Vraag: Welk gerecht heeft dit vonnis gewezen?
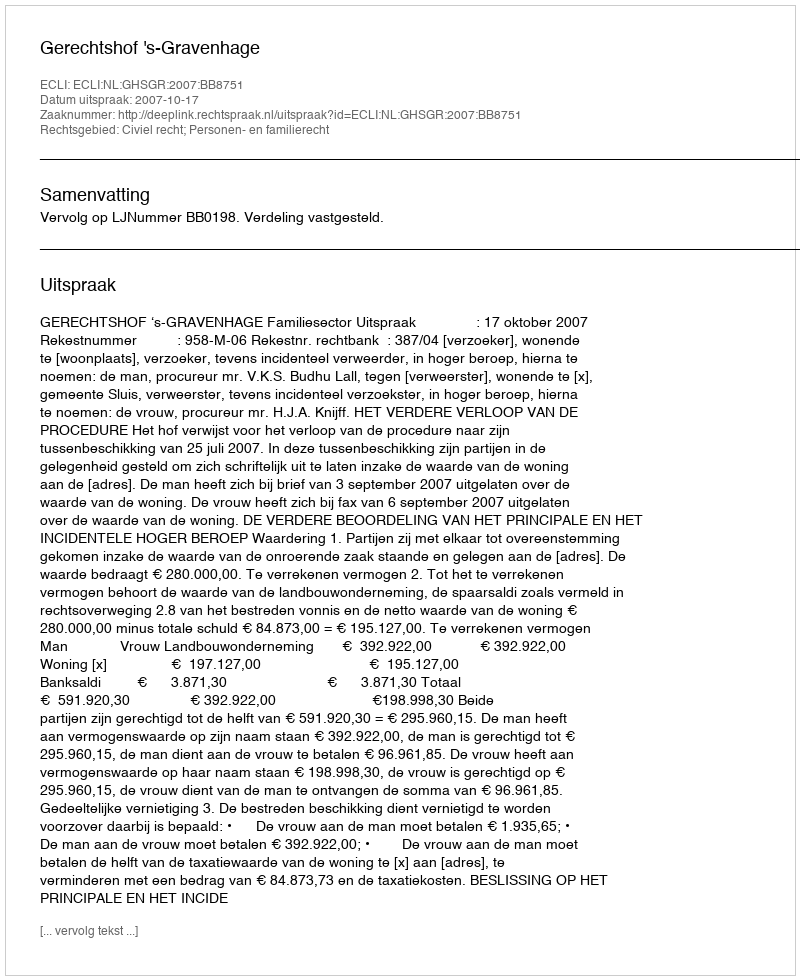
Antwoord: Gerechtshof 's-Gravenhage